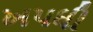
ખપધી